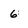
Character: 6